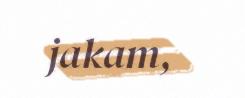
jakam,